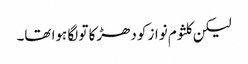
لیکن کلثوم نواز کو دھڑکا تو لگا ہوا تھا۔